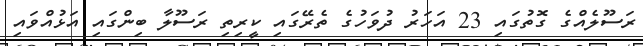
ރަސޫލެއްގެ ގޮތުގައި 23 އަހަރު ދުވަހުގެ ތެރޭގައި ކީރިތި ރަސޫލާ ބިންގައި އަޅުއްވައި